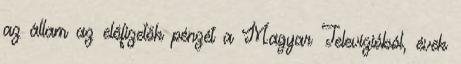
az ál­lam az előfizetők pénzét a Magyar Televízióból, évek